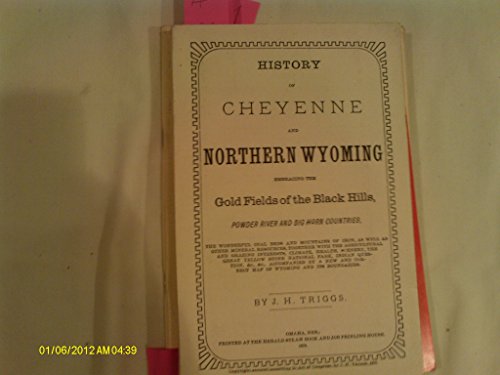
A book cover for History of Cheyenne and northern Wyoming: Embracing the gold fields of the Black hills, Powder river and Big Horn countries; J. H Triggs; Travel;